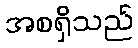
အစရှိသည်